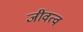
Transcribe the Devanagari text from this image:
जीवत्व